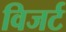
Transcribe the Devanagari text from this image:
विजर्ट